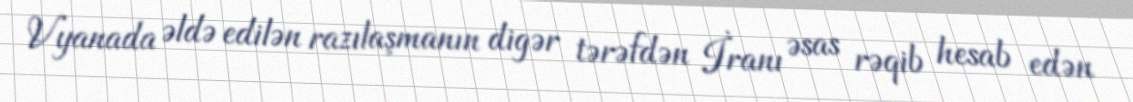
Vyanada əldə edilən razılaşmanın digər tərəfdən İranı əsas rəqib hesab edən